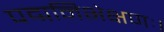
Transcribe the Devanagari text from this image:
पद्मनिभेक्षणः।